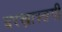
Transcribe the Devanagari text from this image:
बरख़ास्तगी